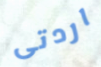
اردتى